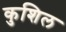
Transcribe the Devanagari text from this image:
कुशिल